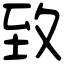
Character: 致